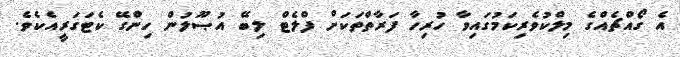
އެ ގޯއްޗެއްގެ މިލްކުވެރިކަމުގައިވާ ހުރިހާ ފަރާތްތަކަށް ފްލެޓް ލިބޭ އުޞޫލުން ހިންގޭ ކެޓަގަރީއެކެވެ.